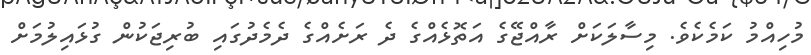
މުހިއްމު ކަމެކެވެ. މިސާލަކަށް ރާއްޖޭގެ އަތޮޅެއްގެ ދެ ރަށެއްގެ ދެމެދުގައި ބުރިޖަކުން ގުޅައިލުމަށް